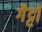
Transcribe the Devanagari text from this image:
गैट्टो